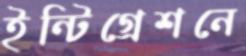
ইন্টিগ্রেশনে